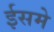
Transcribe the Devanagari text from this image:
ईसमे